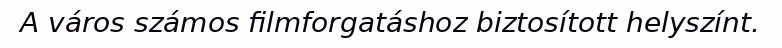
A város számos filmforgatáshoz biztosított helyszínt.